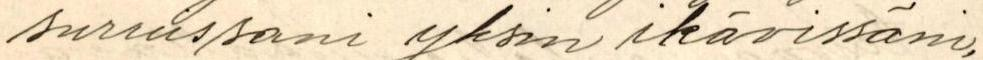
suruissani yksin ikävissäni,